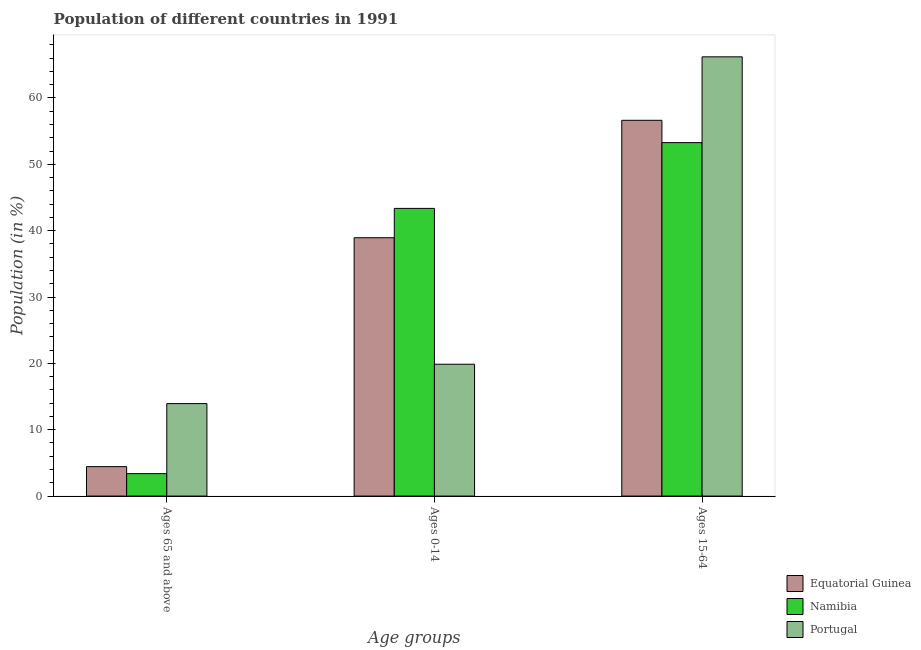
| Age groups | Equatorial Guinea | Namibia | Portugal |
 | --- | --- | --- | --- |
 | Ages 65 and above | 4.44 | 3.38 | 13.9 |
 | Ages 0-14 | 38.9 | 43.4 | 19.9 |
 | Ages 15-64 | 56.6 | 53.3 | 66.2 |